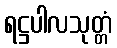
ရဋ္ဌပါလသုတ္တံ